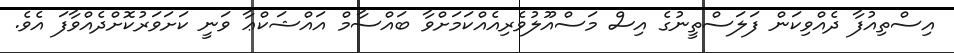
އިސްތިއުފާ ދެއްވިކަން ފަލަސްތީނުގެ އިސް މަސްއޫލުވެރިއެއްކަމަށްވާ ބައްސާމް އައްޝަކްޢާ ވަނީ ކަށަވަރުކޮށްދެއްވާފަ އެވެ.